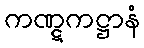
ကဏ္ဋကဋ္ဌာနံ